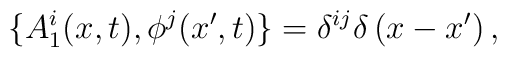
\{ A_{1}^{i}(x,t), \phi^{j}(x',t) \} =  \delta^{ij}\delta\left(x-x'\right),